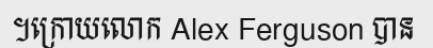
។ក្រោយលោក Alex Ferguson បាន